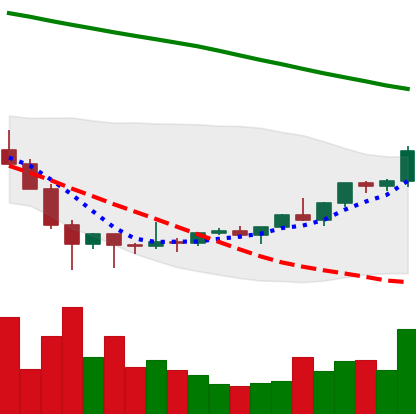
Ticker: ETC-USD
Chart end date: 2022-02-07
Forward return: -3.074%
Label: down_3_5